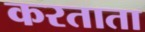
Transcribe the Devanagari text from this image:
करताता